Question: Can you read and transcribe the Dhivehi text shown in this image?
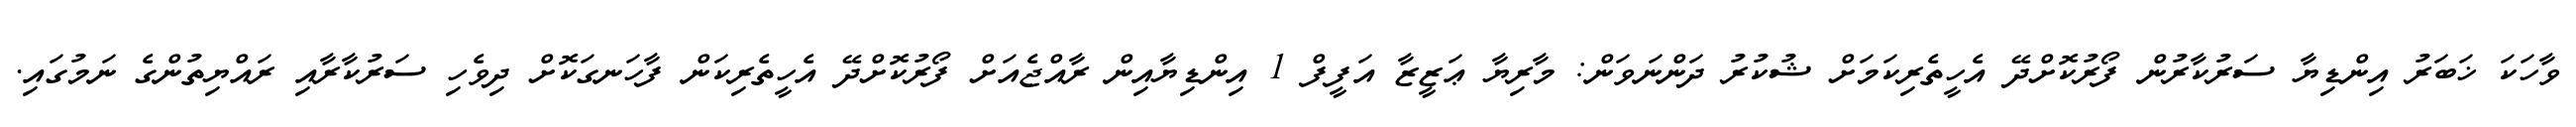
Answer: ވާހަކަ ޚަބަރު އިންޑިޔާ ސަރުކާރުން ފޯރުކޮށްދޭ އެހީތެރިކަމަށް ޝުކުރު ދަންނަވަން: މާރިޔާ ޢަޒީޒާ އަފީފް 1 އިންޑިޔާއިން ރާއްޖެއަށް ފޯރުކޮށްދޭ އެހީތެރިކަން ފާހަނގަކޮށް ދިވެހި ސަރުކާރާއި ރައްޔިތުންގެ ނަމުގައި.